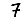
Digit: 7